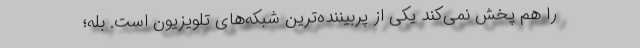
را هم پخش نمی‌کند یکی از پربیننده‌ترین شبکه‌های تلویزیون است. بله؛